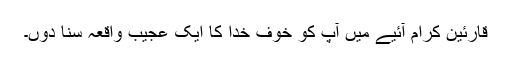
قارئین کرام آئیے میں آپ کو خوف خدا کا ایک عجیب واقعہ سُنا دوں۔